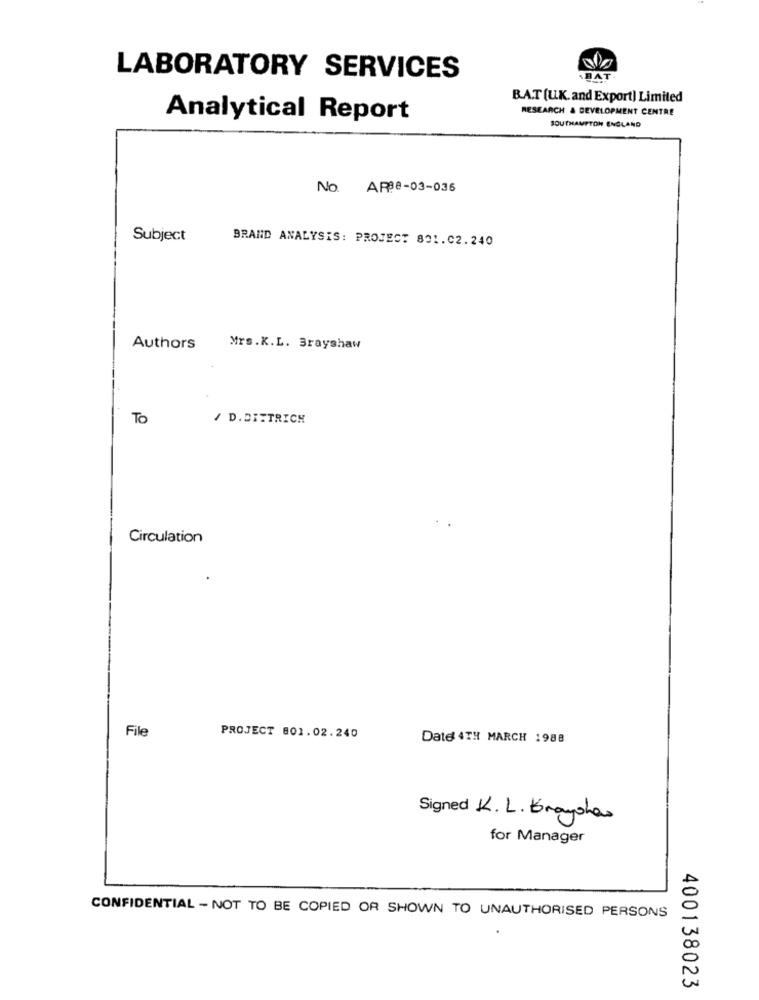
LABORATORY SERVICES
.BAT.
B.A.T (U.K.and Export) Limited
RESEARCH & DEVELOPMENT CENTRE
Analytical Report
SOUTHAMPTON ENGLAND
No. ARBe-03-036
Subject
BRAND ANALYSIS: PROJECT 801.02.240
Authors
Mrs.K.L. Brayshaw
To
/ D.DITTRICH
Circulation
File
PROJECT 801.02.240
Date 4TH MARCH 1988
Signed K. L. Grayohas
for Manager
CONFIDENTIAL - NOT TO BE COPIED OR SHOWN TO UNAUTHORISED PERSONS
400138023